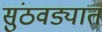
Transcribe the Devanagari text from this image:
सुंठवड्यात